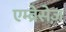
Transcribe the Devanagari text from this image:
एम्ब्रेसेज़